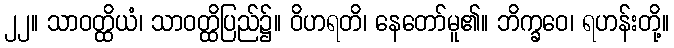
၂၂။ သာဝတ္ထိယံ၊ သာဝတ္ထိပြည်၌။ ဝိဟရတိ၊ နေတော်မူ၏။ ဘိက္ခဝေ၊ ရဟန်းတို့။